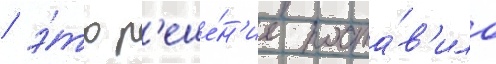
/ э́то р'еше́н'ие поста́в'ило